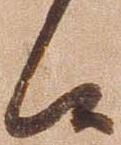
候